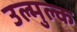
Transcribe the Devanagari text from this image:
उल्मुल्क